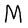
Character: M